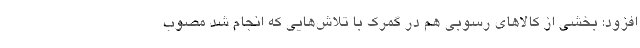
افزود: بخشی از کالاهای رسوبی هم در گمرک با تلاش‌هایی که انجام شد مصوب